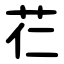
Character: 芢